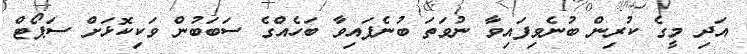
އަދި މީގެ ކުރިން ބުނެވިފައިވާ ނުވަތަ ބުނެފައިވާ ބަހެއްގެ ސަބަބުން ވަކިކޮޅަށް ސަޕޯޓް